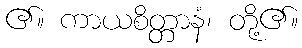
၏။ ကာယစိတ္တာနံ၊ တို့၏။